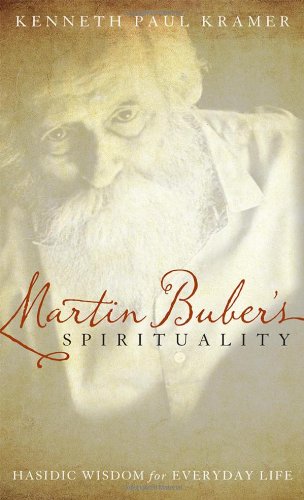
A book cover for Martin Buber's Spirituality: Hasidic Wisdom for Everyday Life; Kenneth Paul Kramer; Religion & Spirituality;